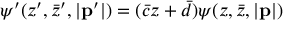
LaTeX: \psi ^ { \prime } ( z ^ { \prime } , \bar { z } ^ { \prime } , | { \bf p } ^ { \prime } | ) = ( \bar { c } z + \bar { d } ) \psi ( z , \bar { z } , | { \bf p } | )